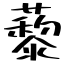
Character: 藜